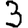
Digit: 3